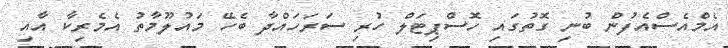
އެމްއެސްއެފުން ބުނި ގޮތުގައި ހޮސްޕިޓަލް ހުރި ސަރަހައްދާ ބެހޭ މައުލޫމާތު އެމެރިކާ އާއި